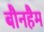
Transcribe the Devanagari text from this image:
बौनहैम